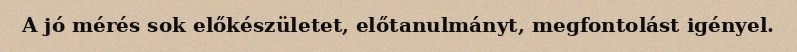
A jó mérés sok előkészületet, előtanulmányt, megfontolást igényel.